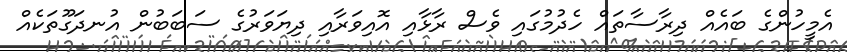
އެމީހުންގެ ބައެއް ދިރާސާތައް ހެދުމުގައި ވެސް ރާޅާއި އޮއިވަރާއި ދިޔަވަރުގެ ސަބަބުން އުނދަގޫތަކެއް